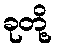
ခုတို့